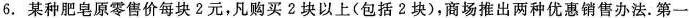
6.某种肥皂原零售价每块2元，凡购买2块以上(包括2块)，商场推出两种优惠销售办法。第一